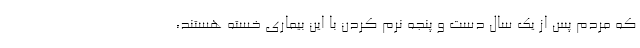
که مردم پس از یک سال دست و پنجه نرم کردن با این بیماری خسته هستند،